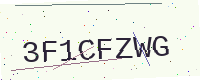
Text: 3F1CFZWG